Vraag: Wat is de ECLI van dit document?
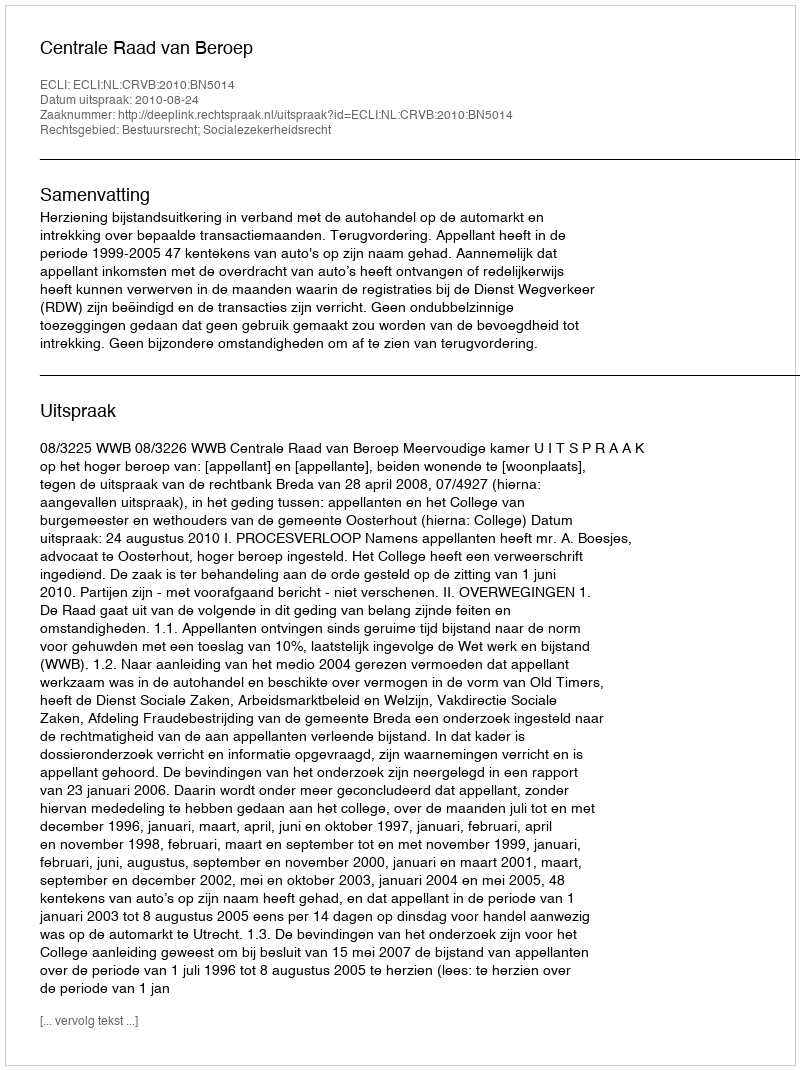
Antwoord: ECLI:NL:CRVB:2010:BN5014